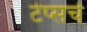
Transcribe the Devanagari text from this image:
टेप्सचे